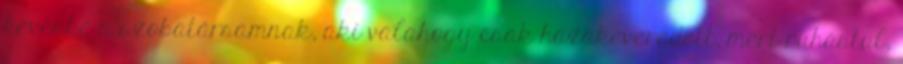
kevésbé a szobatársamnak, aki valahogy csak hazakeveredett, mert ruhástul,